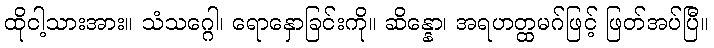
ထိုငါ့သားအား။ သံသဂ္ဂေါ၊ ရောနှောခြင်းကို။ ဆိန္နော၊ အရဟတ္ထမဂ်ဖြင့် ဖြတ်အပ်ပြီ။